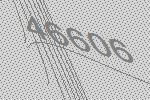
46606